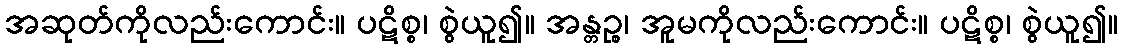
အဆုတ်ကိုလည်းကောင်း။ ပဋိစ္စ၊ စွဲယူ၍။ အန္တဉ္စ၊ အူမကိုလည်းကောင်း။ ပဋိစ္စ၊ စွဲယူ၍။